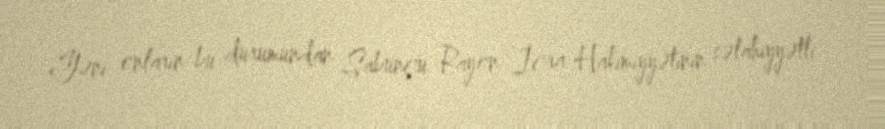
Yəni onların bu durumundan Sabunçu Rayon İcra Hakimiyyətinin səlahiyyətli